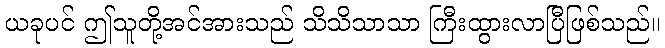
ယခုပင် ဤသူတို့အင်အားသည် သိသိသာသာ ကြီးထွားလာပြီဖြစ်သည်။